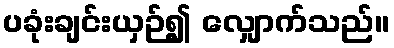
ပခုံးချင်းယှဉ်၍ လျှောက်သည်။